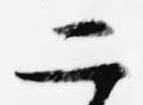
二